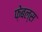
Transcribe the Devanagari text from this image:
फ़ेबल्स